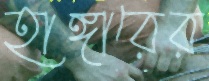
হাঙ্গারের